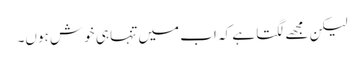
لیکن مجھے لگتا ہے کہ اب میں تنہا ہی خوش ہوں۔